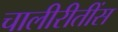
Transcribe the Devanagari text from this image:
चालीरीतींस